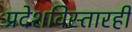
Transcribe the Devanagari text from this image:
प्रदेशविस्तारही